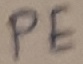
Text: PE